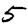
Digit: 5